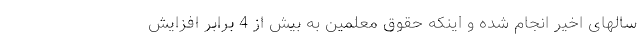
سالهای اخیر انجام شده و اینکه حقوق معلمین به بیش از 4 برابر افزایش